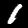
Digit: 1